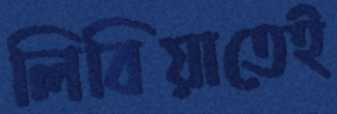
লিবিয়াতেই